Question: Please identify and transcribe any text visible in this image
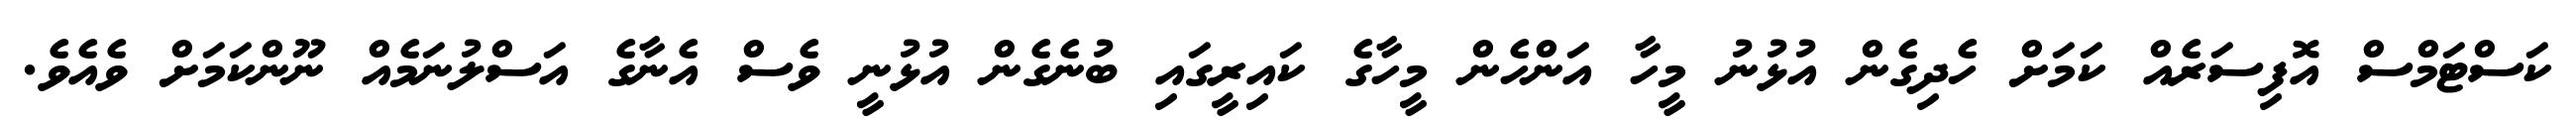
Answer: ކަސްޓަމްސް އޮފިސަރެއް ކަމަށް ހެދިގެން އުޅުނު މީހާ އަންހެން މީހާގެ ކައިރީގައި ބުނެގެން އުޅުނީ ވެސް އެނާގެ އަސްލުނަމެއް ނޫންކަމަށް ވެއެވެ.